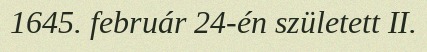
1645. február 24-én született II.